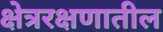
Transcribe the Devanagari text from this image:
क्षेत्ररक्षणातील